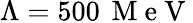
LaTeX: \Lambda=500\, \mathrm{~M~e~V~}